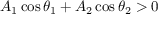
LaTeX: A _ { 1 } \cos \theta _ { 1 } + A _ { 2 } \cos \theta _ { 2 } > 0